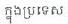
ក្នុងប្រទេស